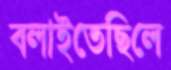
বলাইতেছিলে